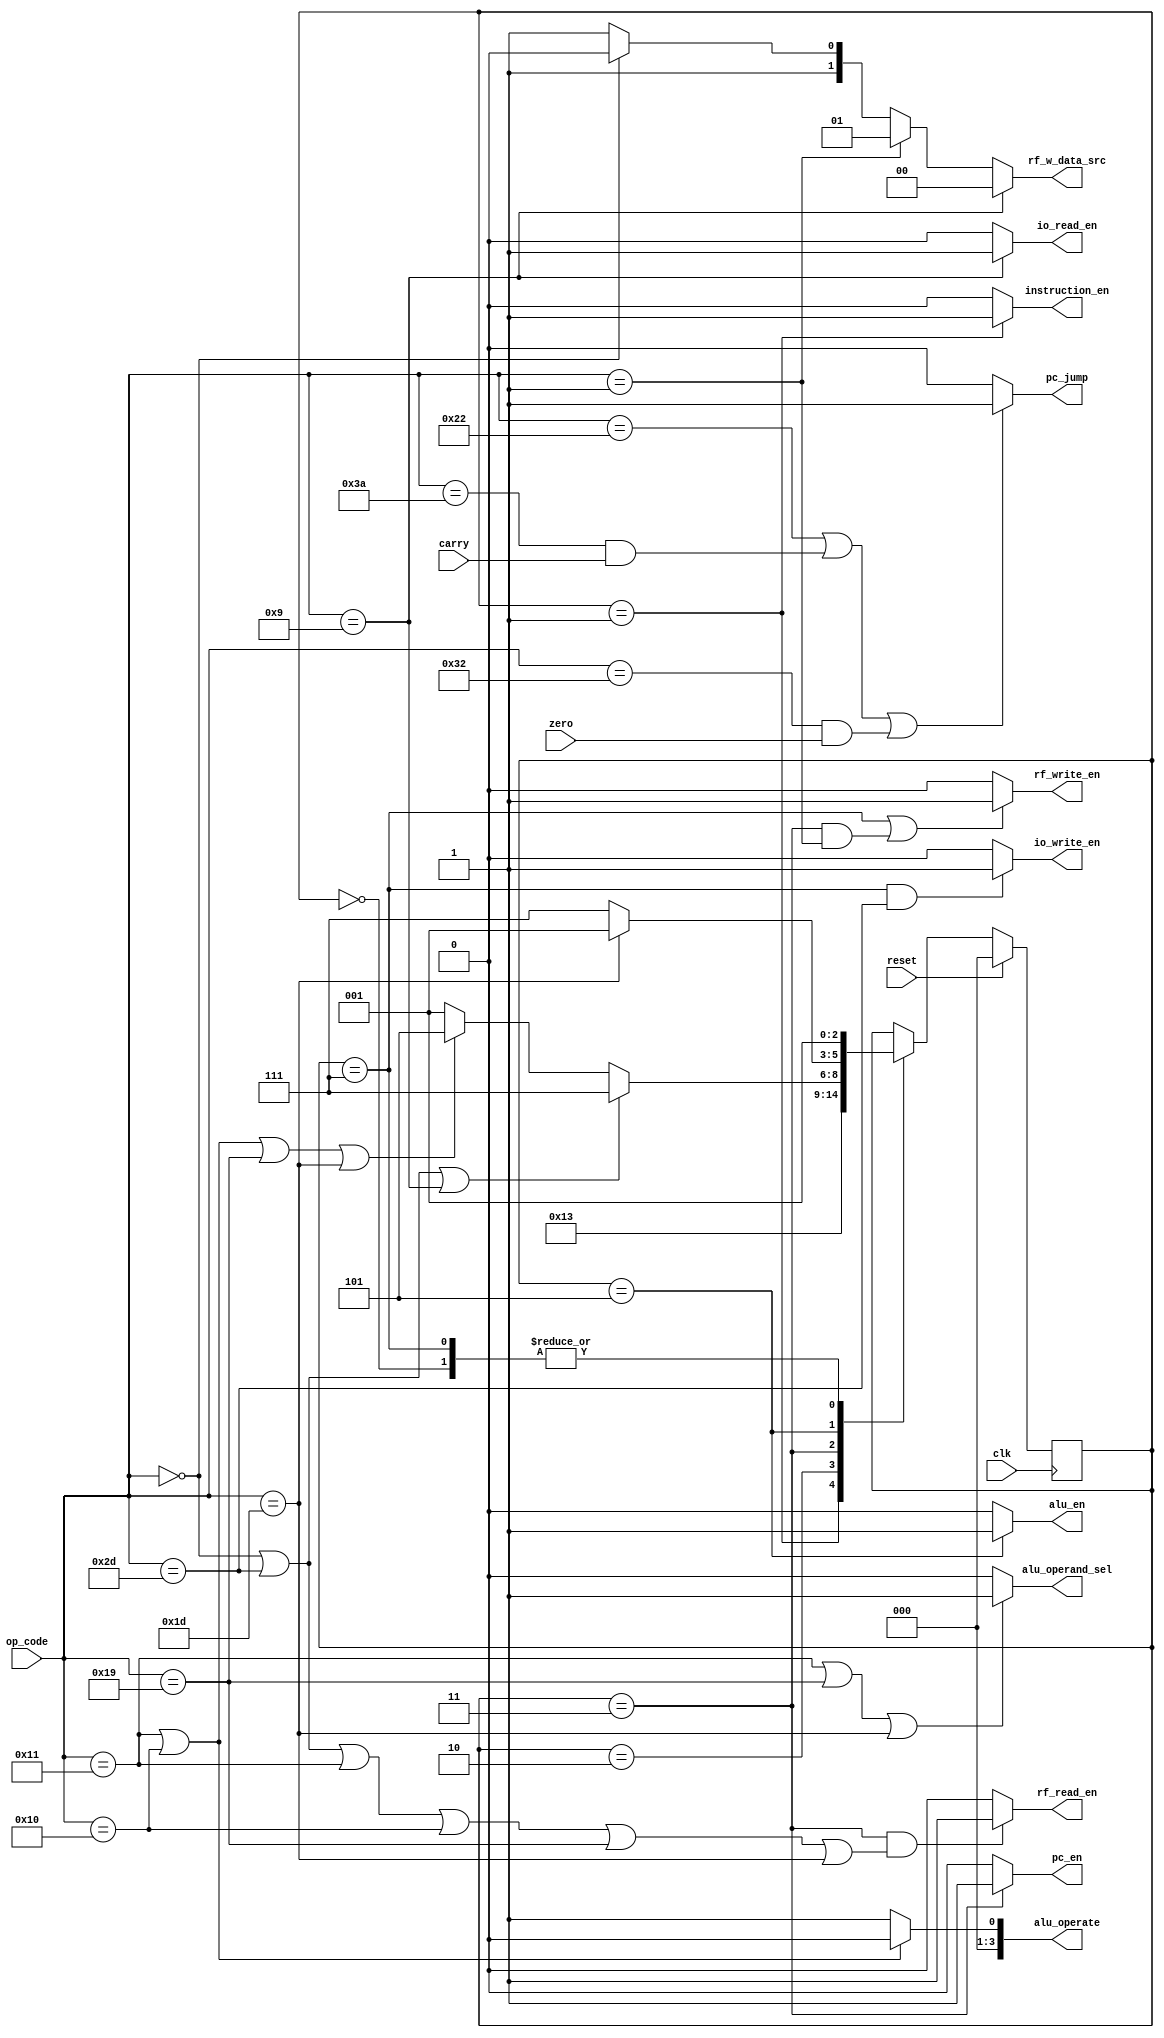
`timescale 1ns / 1ps
//////////////////////////////////////////////////////////////////////////////////
// Company: 
// Engineer: 
// 
// Design Name: 
// Module Name:    control_unit 
// Project Name: 
// Target Devices: 
// Tool versions: 
// Description: 
//
// Dependencies: 
//
// Revision: 
// Revision 0.01 - File Created
// Additional Comments: 
//
//////////////////////////////////////////////////////////////////////////////////
module control_unit(
    input clk,
	 input reset,
    input [5:0] op_code,
	 input carry,
	 input zero,
	 
    output reg instruction_en,    // read instruction from instruction memory
	 output reg pc_en,             // calculate next address
    output reg alu_en,	          
	 output reg rf_write_en,	 
	 output reg rf_read_en,
	 output reg io_write_en,
	 output reg io_read_en,	 
	 
    output reg pc_jump,           // set if JUMP instruction
	 output reg [3:0] alu_operate,
	 output reg alu_operand_sel,
	 output reg [1:0] rf_w_data_src
    );

    // FSM parameters
	 localparam Reset   = 3'b000;
    localparam Fetch   = 3'b001;
    localparam Decode  = 3'b010;	 
	 localparam Execute = 3'b011;
	 localparam Wback   = 3'b111;
	 localparam Alu     = 3'b101;
	 
	 // Instruction parameters
	 localparam JUMP    = 6'b100010;
	 localparam JUMPC   = 6'b111010;
	 localparam JUMPZ   = 6'b110010;
	 localparam INPUT   = 6'b001001;
	 localparam OUTPUT  = 6'b101101;	 
	 localparam LOADI   = 6'b000001;
	 localparam LOADR   = 6'b000000;
	 localparam ADDI    = 6'b010001;
	 localparam ADDR    = 6'b010000;
	 localparam COMPARE = 6'b011101;
	 localparam SUB     = 6'b011001;
	 
    reg [2:0] state;
	
	 // Mealy FSM, Next-State Logic	
	 always @ (posedge clk) begin
	     if (reset == 1)
		      state <= Reset;
		  else begin
		      case (state)			
				    Reset:
					     state <= Fetch;
					 Fetch:
					     state <= Decode;
					 Decode:
					     state <= Execute;
					 Execute:
					     if (op_code == LOADR
							 ||op_code == OUTPUT
							 ||op_code == INPUT
							   ) begin
					         state <= Wback;
						  end
						  else if (op_code == ADDI 
						    ||op_code == ADDR
							 ||op_code == SUB
							 ||op_code == COMPARE)
							   state <= Alu;
						  else begin
						      state <= Fetch;
						  end
					 Alu:
					     if (op_code == COMPARE)
						      state <= Fetch;
						  else
						      state <= Wback;
					 Wback:
					     state <= Fetch;
				 endcase
		  end
	 end
	 
	 
	 // Generate enable signal for each component
	 always @ (*) begin
	 
	     if (state == Fetch)
		      instruction_en = 1'b1;
		  else
     		   instruction_en = 1'b0;
		  
		  if (state == Execute)
		      pc_en = 1'b1;
		  else
		      pc_en = 1'b0;
				
		  if (state == Wback 
		   ||(state == Execute && op_code == LOADI)
			  )
			   rf_write_en = 1'b1;
		  else
		      rf_write_en = 1'b0;
		  
		  if (state == Execute && (op_code == LOADR || op_code == OUTPUT || op_code == ADDI || op_code == ADDR || op_code == SUB || op_code == COMPARE))
		      rf_read_en = 1'b1;
		  else 
		      rf_read_en = 1'b0;
		  
				
		  if (state == Alu)
		      alu_en = 1'b1;
		  else
		      alu_en = 1'b0;
			
		  if (state == Wback && op_code == OUTPUT)
		      io_write_en = 1'b1;
		  else
		      io_write_en = 1'b0;

	 end
	 
	 
	 // Generate control signals	
	 always @ (*) begin
	     
		  // pc_jump
        if ((op_code == JUMP)
          ||(op_code == JUMPC && carry == 1)
          ||(op_code == JUMPZ && zero == 1)) 
        begin
            pc_jump = 1'b1;
		  end
        else begin
				pc_jump = 1'b0;
        end
		  
		  // I/O read enable
		  if (op_code == INPUT)
		      io_read_en = 1'b1;
		  else
		      io_read_en = 1'b0;
				
		  
		  // rf_w_data_src[1:0]
		  if (op_code == INPUT)
		      rf_w_data_src = 2'b00;    // Data from input port
		  else if (op_code == LOADI)
				rf_w_data_src = 2'b01;    // Data from instruction[7:0]
		  else if (op_code == LOADR)
				rf_w_data_src = 2'b10;    // Data from Register File, Read2 port
		  else
				rf_w_data_src = 2'b11;    // Data from ALU result

        // ALU operand
		  if (op_code == ADDI || op_code == ADDR)
		      alu_operate = 4'b0000;
		  else
				alu_operate = 4'b0001;
				
		  // ALU 2nd operator select
		  if (op_code == ADDI || op_code == SUB || op_code == COMPARE)
		      alu_operand_sel = 1'b1;
		  else
				alu_operand_sel = 1'b0;
								
	end
	
	 
endmodule